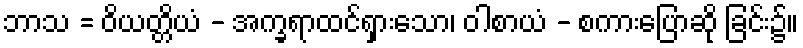
ဘာသ = ဝိယတ္တိယံ - အက္ခရာထင်ရှားသော၊ ဝါစာယံ - စကားပြောဆို ခြင်း၌။